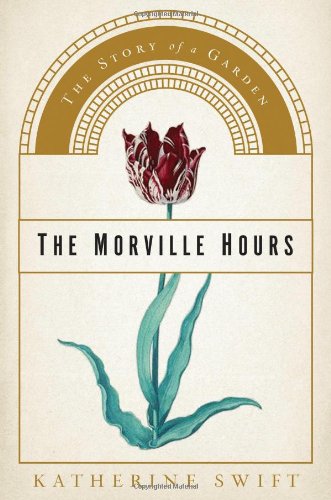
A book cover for The Morville Hours: The Story of a Garden; Katherine Swift; Crafts, Hobbies & Home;